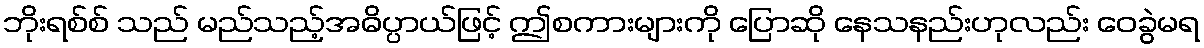
ဘိုးရစ်စ် သည် မည်သည့်အဓိပ္ပာယ်ဖြင့် ဤစကားများကို ပြောဆို နေသနည်းဟုလည်း ဝေခွဲမရ